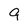
Character: 9